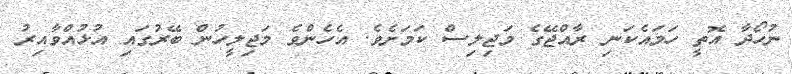
ނުހޯދާ އޮތީ ހަމައެކަނި ރާއްޖޭގެ މަޖިލިސް ކަމަށެވެ. އެހެންވެ މަޖިލީހުން ބޭރުގައި އުޅުއްވާއިރު